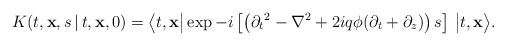
\begin{align*}K(t, {\bf x}, s\,\vert\, t,{\bf x}, 0) = \big\langle t, {\bf x} \big\vert \exp -i\left[\left({\partial_{t}}^2 - {\nabla}^2 +2iq\phi (\partial_t + \partial_{z})\right)s\right]\,\big\vert t, {\bf x}\big\rangle.\end{align*}